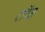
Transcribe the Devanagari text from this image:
टापैज़